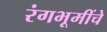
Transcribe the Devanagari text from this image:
रंगभूमींचे